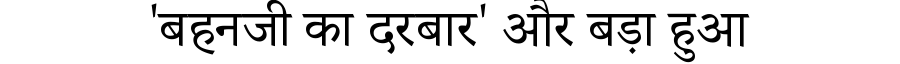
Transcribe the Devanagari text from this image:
'बहनजी का दरबार' और बड़ा हुआ